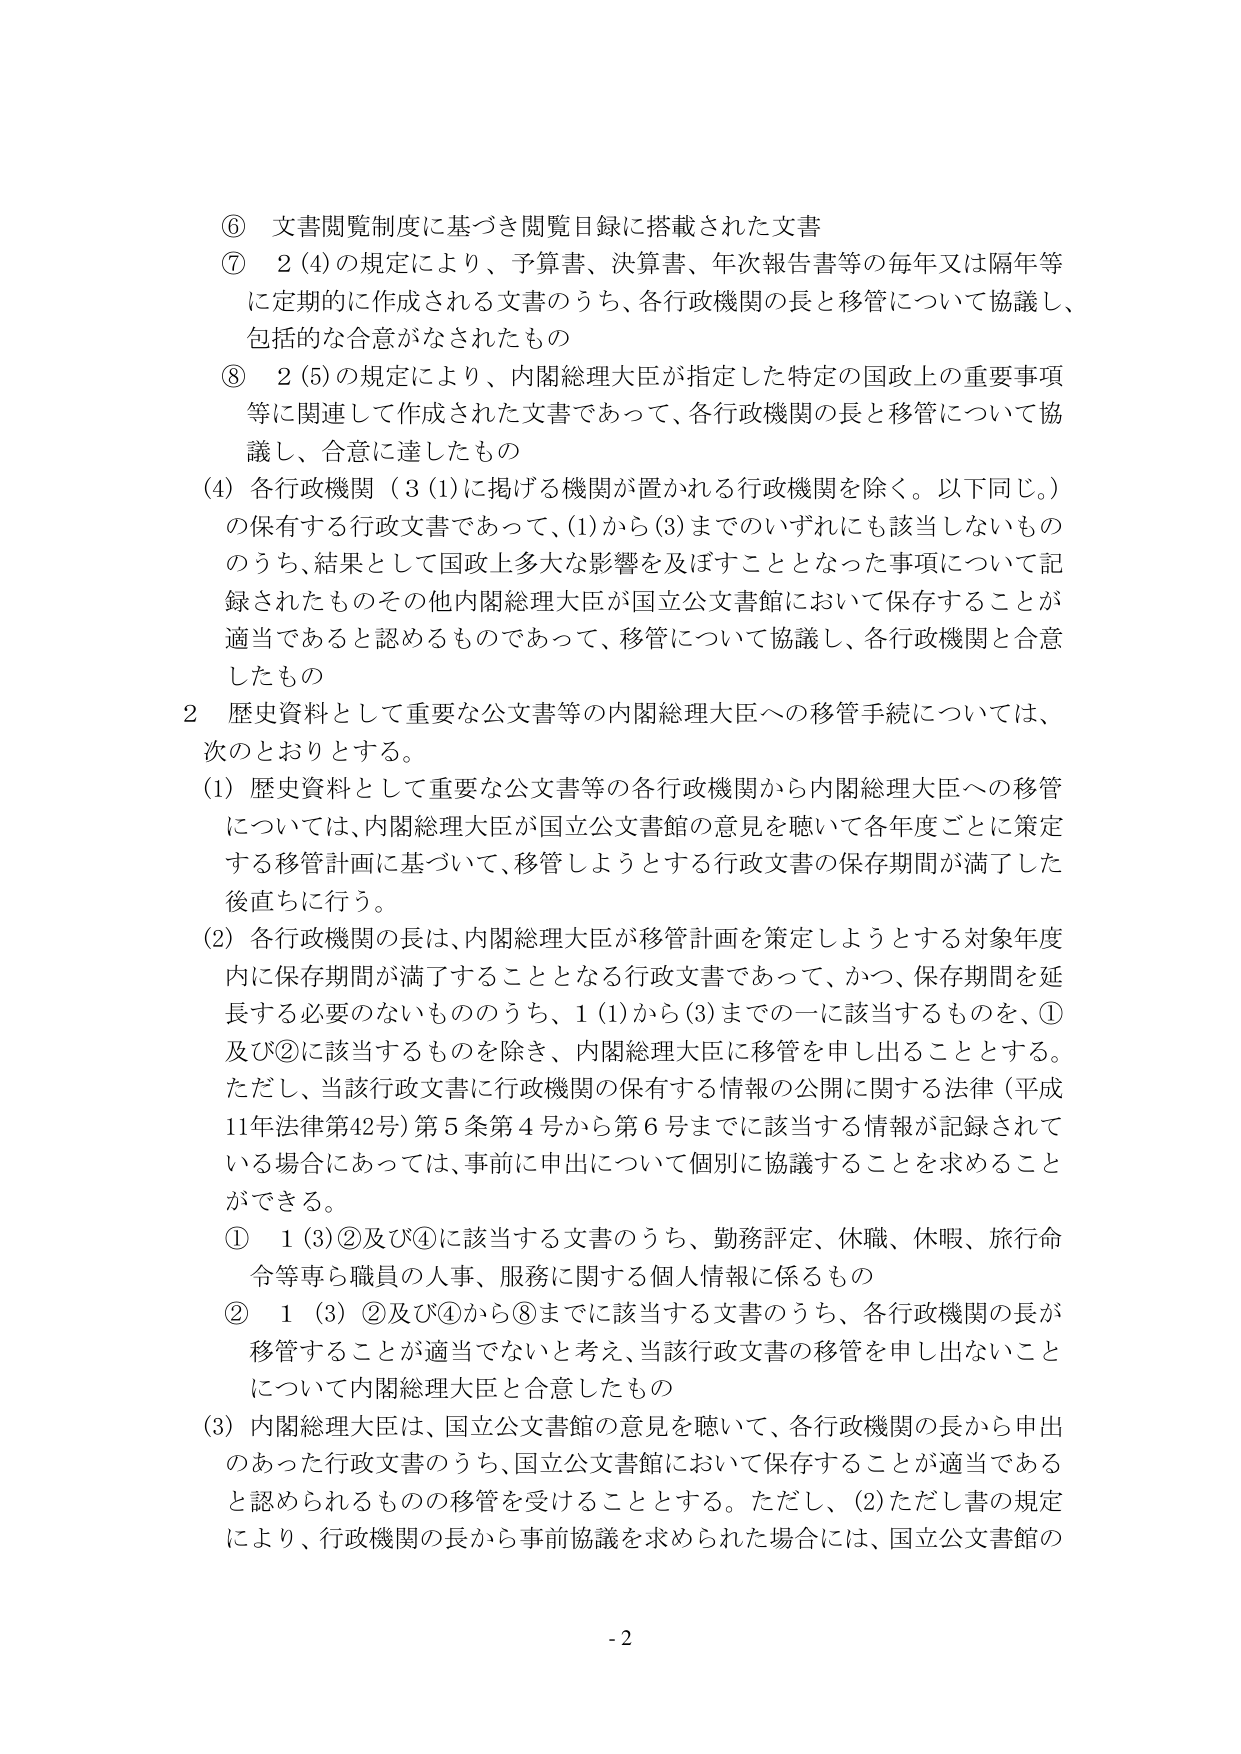
⑥ 文書閲覧制度に基づき閲覧目録に搭載された文書
⑦ 2 (4)の規定により、予算書、決算書、年次報告書等の毎年又は隔年等に定期的に作成される文書のうち、各行政機関の長と移管について協議し、包括的な合意がなされたもの
⑧ 2 (5)の規定により、内閣総理大臣が指定した特定の国政上の重要事項等に関連して作成された文書であって、各行政機関の長と移管について協議し、合意に達したもの
(4) 各行政機関（3 (1)に掲げる機関が置かれる行政機関を除く。以下同じ。）の保有する行政文書であって、(1)から(3)までのいずれにも該当しないもののうち、結果として国政上多大な影響を及ぼすこととなった事項について記録されたものその他内閣総理大臣が国立公文書館において保存することが適当であると認めるものであって、移管について協議し、各行政機関と合意したもの

2 歴史資料として重要な公文書等の内閣総理大臣への移管手続については、次のとおりとする。
(1) 歴史資料として重要な公文書等の各行政機関から内閣総理大臣への移管については、内閣総理大臣が国立公文書館の意見を聴いて各年度ごとに策定する移管計画に基づいて、移管しようとする行政文書の保存期間が満了した後直ちに行う。
(2) 各行政機関の長は、内閣総理大臣が移管計画を策定しようとする対象年度内に保存期間が満了することとなる行政文書であって、かつ、保存期間を延長する必要のないもののうち、1 (1)から(3)までのーに該当するものを、①及び②に該当するものを除き、内閣総理大臣に移管を申し出ることとする。ただし、当該行政文書に行政機関の保有する情報の公開に関する法律（平成11年法律第42号）第5条第4号から第6号までに該当する情報が記録されている場合にあっては、事前に申出について個別に協議することを求めることができる。
① 1 (3)②及び④に該当する文書のうち、勤務評定、休職、休暇、旅行命令等専ら職員の人事、服務に関する個人情報に係るもの
② 1 (3)②及び④から⑧までに該当する文書のうち、各行政機関の長が移管することが適当でないと考え、当該行政文書の移管を申し出ないことについて内閣総理大臣と合意したもの
(3) 内閣総理大臣は、国立公文書館の意見を聴いて、各行政機関の長から申出のあった行政文書のうち、国立公文書館において保存することが適当であると認められるものの移管を受けることとする。ただし、(2)ただし書の規定により、行政機関の長から事前協議を求められた場合には、国立公文書館の

- 2